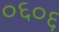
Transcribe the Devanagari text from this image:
०६०६